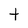
Character: t